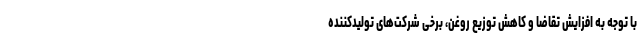
با توجه به افزایش تقاضا و کاهش توزیع روغن، برخی شرکت‌های تولیدکننده